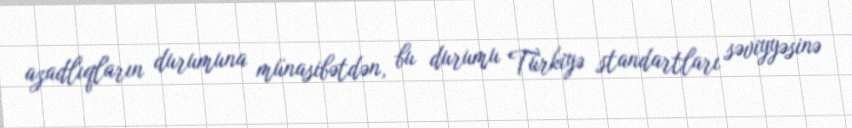
azadlıqların durumuna münasibətdən, bu durumu Türkiyə standartları səviyyəsinə